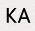
KA